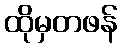
ထိုမှတဖန်